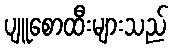
ပျူစောထီးများသည်